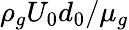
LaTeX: \rho_{g}U_{0}d_{0}/\mu_{g}